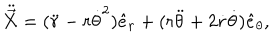
LaTeX: \ddot { \vec { X } } = ( \ddot { r } - r { \dot { \theta } } ^ { 2 } ) \hat { e } _ { r } + ( r \ddot { \theta } + 2 \dot { r } \dot { \theta } ) \hat { e } _ { \theta } ,